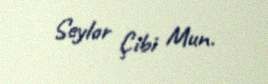
Seylor Çibi Mun.